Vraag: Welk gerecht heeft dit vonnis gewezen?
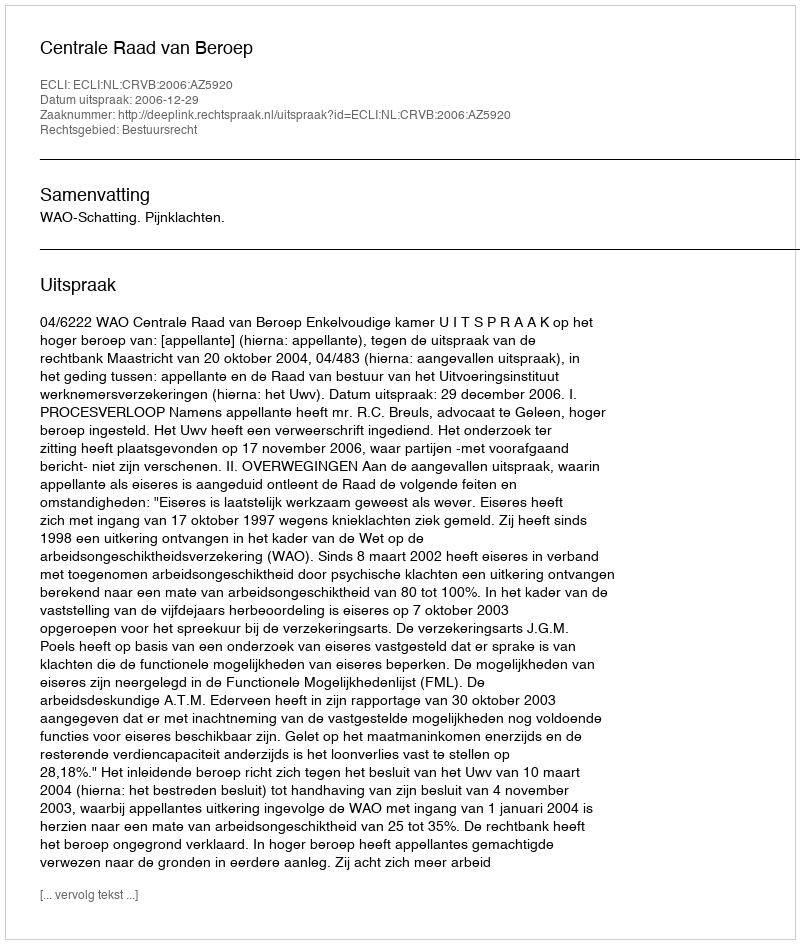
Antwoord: Centrale Raad van Beroep